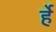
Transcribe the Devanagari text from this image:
र्हे